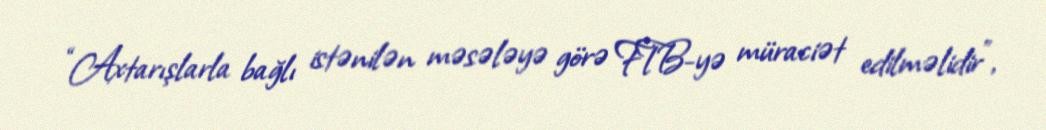
“Axtarışlarla bağlı istənilən məsələyə görə FTB-yə müraciət edilməlidir”,